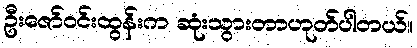
ဦးဇော်ဝင်းထွန်းက ဆုံးသွားတာဟုတ်ပါတယ်။